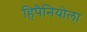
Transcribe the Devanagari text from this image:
हिपैनियोला